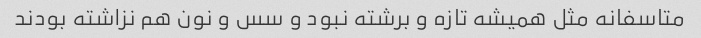
متاسفانه مثل همیشه تازه و برشته نبود و سس و نون هم نزاشته بودند